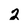
Character: 2